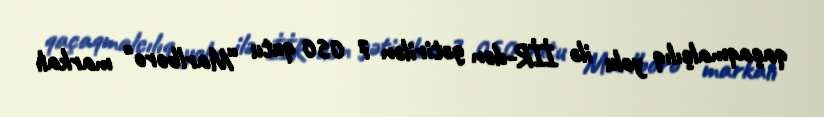
qaçaqmalçılıq yolu ilə İİR-dən gətirilən 7 050 qutu “Marlboro" markalı